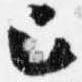
巳